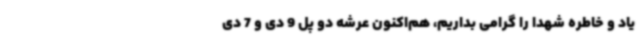
یاد و خاطره شهدا را گرامی بداریم، هم‌اکنون عرشه دو پل 9 دی و 7 دی